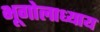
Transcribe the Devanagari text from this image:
भूगोलाध्याय